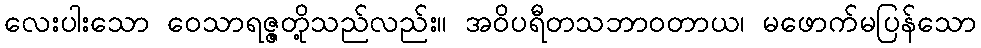
လေးပါးသော ဝေသာရဇ္ဇတို့သည်လည်း။ အဝိပရီတသဘာဝတာယ၊ မဖောက်မပြန်သော